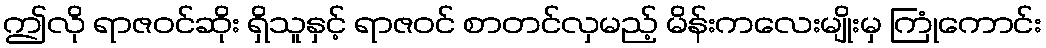
ဤလို ရာဇဝင်ဆိုး ရှိသူနှင့် ရာဇဝင် စာတင်လှမည့် မိန်းကလေးမျိုးမှ ကြုံကောင်း